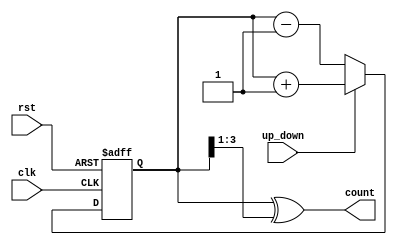
module UpDownGrayCounter (
    input wire clk, // Clock signal
    input wire rst, // Reset signal
    input wire up_down, // Control signal for counting up or down
    output reg [3:0] count // Output representing the current count in Gray code
);

reg [3:0] count_reg; // Register to store the current count value

always @(posedge clk or posedge rst) begin
    if (rst) begin
        count_reg <= 4'b0000; // Reset the count value
    end else begin
        if (up_down) begin // Count up
            count_reg <= count_reg + 1;
        end else begin // Count down
            count_reg <= count_reg - 1;
        end
    end
end

// Gray code encoder for the count
always @* begin
    count = count_reg ^ (count_reg >> 1);
end

endmodule